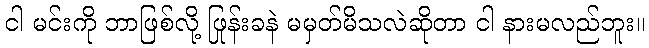
ငါ မင်းကို ဘာဖြစ်လို့ ဖြုန်းခနဲ မမှတ်မိသလဲဆိုတာ ငါ နားမလည်ဘူး။